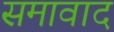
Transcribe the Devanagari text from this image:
समावाद